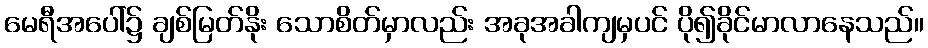
မေရီအပေါ်၌ ချစ်မြတ်နိုး သောစိတ်မှာလည်း အခုအခါကျမှပင် ပို၍ခိုင်မာလာနေသည်။